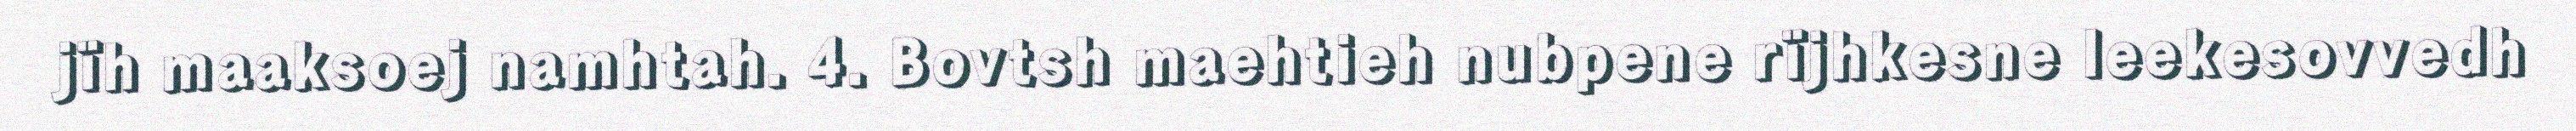
jïh maaksoej namhtah. 4. Bovtsh maehtieh nubpene rïjhkesne leekesovvedh